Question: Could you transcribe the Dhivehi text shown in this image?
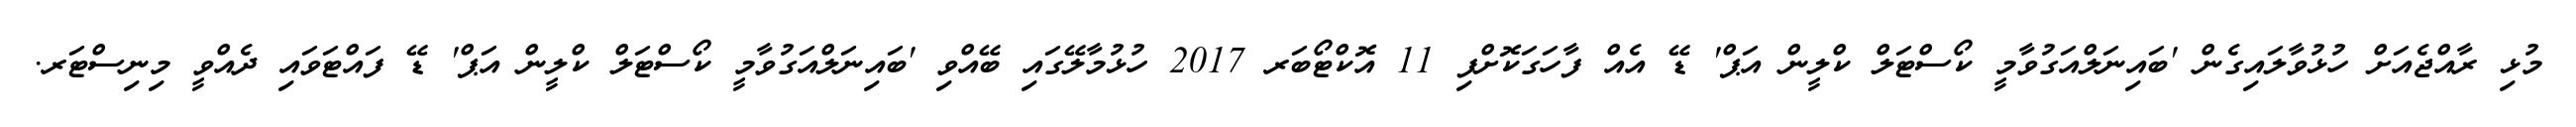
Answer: މުޅި ރާއްޖެއަށް ހުޅުވާލައިގެން 'ބައިނަލްއަގުވާމީ ކޯސްޓަލް ކްލީން އަޕް' ޑޭ އެއް ފާހަގަކޮށްފި 11 އޮކްޓޯބަރ 2017 ހުޅުމާލޭގައި ބޭއްވި 'ބައިނަލްއަގުވާމީ ކޯސްޓަލް ކްލީން އަޕް' ޑޭ ފައްޓަވައި ދެއްވީ މިނިސްޓަރ.